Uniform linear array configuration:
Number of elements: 32
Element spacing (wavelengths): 0.25
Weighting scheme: blackman
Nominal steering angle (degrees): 30
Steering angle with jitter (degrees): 30.032
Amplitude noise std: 0.05
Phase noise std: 0.05

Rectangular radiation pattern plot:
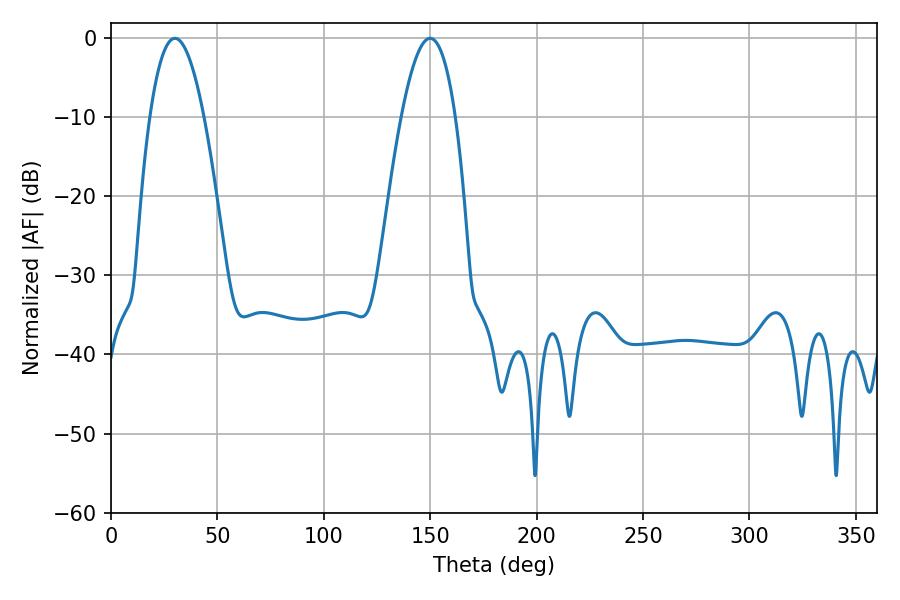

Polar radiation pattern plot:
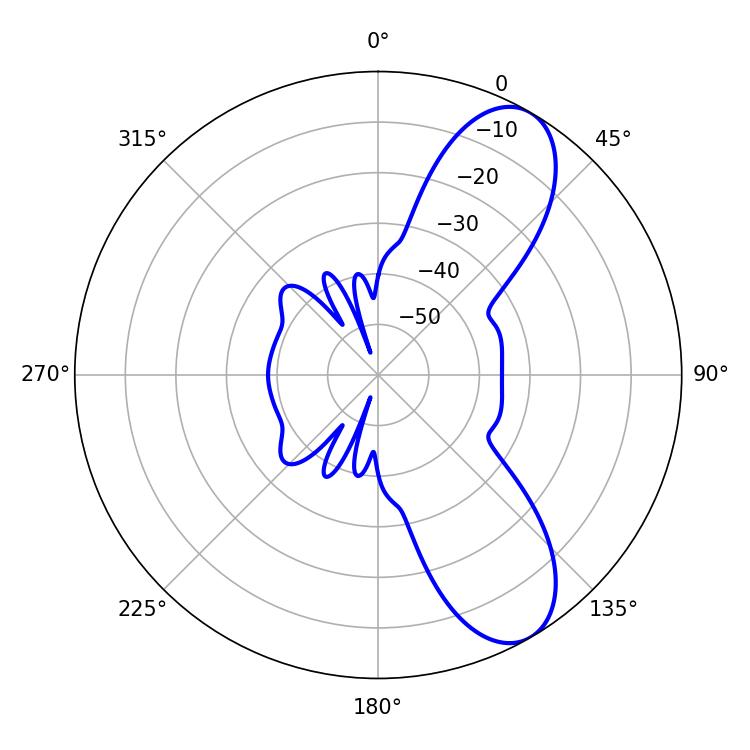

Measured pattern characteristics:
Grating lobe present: FALSE
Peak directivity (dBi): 8.774
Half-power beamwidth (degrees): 13.86
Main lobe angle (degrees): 30.06